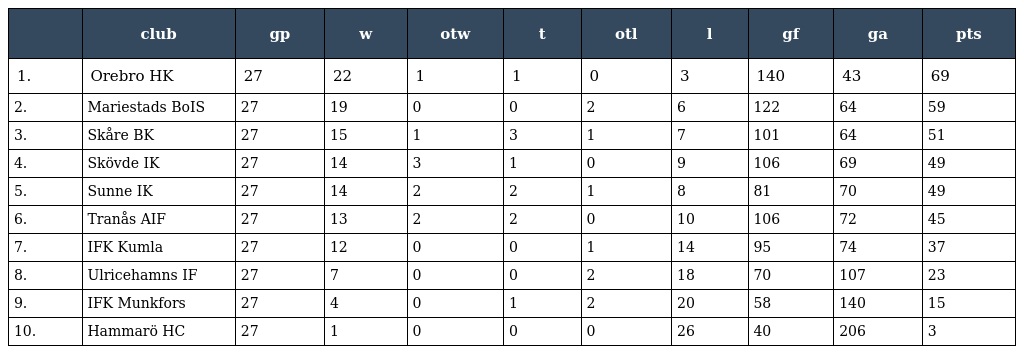
|  | club | gp | w | otw | t | otl | l | gf | ga | pts |
 | --- | --- | --- | --- | --- | --- | --- | --- | --- | --- | --- |
 | 1. | Orebro HK | 27 | 22 | 1 | 1 | 0 | 3 | 140 | 43 | 69 |
 | 2. | Mariestads BoIS | 27 | 19 | 0 | 0 | 2 | 6 | 122 | 64 | 59 |
 | 3. | Skåre BK | 27 | 15 | 1 | 3 | 1 | 7 | 101 | 64 | 51 |
 | 4. | Skövde IK | 27 | 14 | 3 | 1 | 0 | 9 | 106 | 69 | 49 |
 | 5. | Sunne IK | 27 | 14 | 2 | 2 | 1 | 8 | 81 | 70 | 49 |
 | 6. | Tranås AIF | 27 | 13 | 2 | 2 | 0 | 10 | 106 | 72 | 45 |
 | 7. | IFK Kumla | 27 | 12 | 0 | 0 | 1 | 14 | 95 | 74 | 37 |
 | 8. | Ulricehamns IF | 27 | 7 | 0 | 0 | 2 | 18 | 70 | 107 | 23 |
 | 9. | IFK Munkfors | 27 | 4 | 0 | 1 | 2 | 20 | 58 | 140 | 15 |
 | 10. | Hammarö HC | 27 | 1 | 0 | 0 | 0 | 26 | 40 | 206 | 3 |